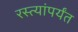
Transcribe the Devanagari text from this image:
रस्त्यांपर्यंत